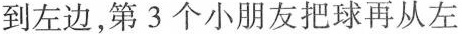
到左边，第3个小朋友把球再从左